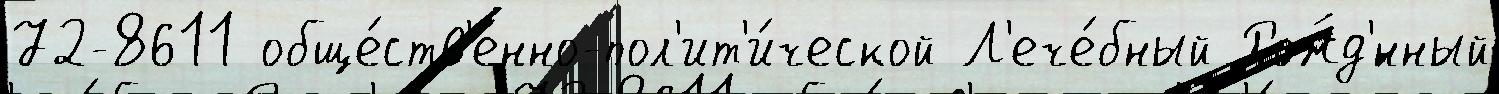
72-8611 обще́ств'енно-пол'ит'и́ческой Л'ече́бный Рожд'́нный